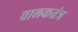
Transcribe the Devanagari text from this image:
चालकतंत्र